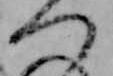
つ